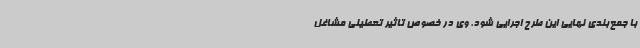
با جمع‌بندی نهایی این طرح اجرایی شود. وی در خصوص تاثیر تعطیلی مشاغل